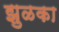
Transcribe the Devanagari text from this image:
झुळका